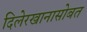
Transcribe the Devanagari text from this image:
दिलेरखानासोबत